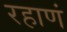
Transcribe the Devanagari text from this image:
रहाणं